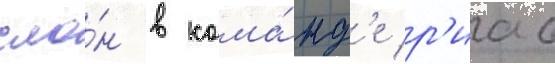
сло́н в кома́нд'е р'иас